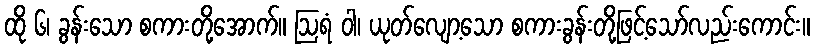
ထို ၆၊ ခွန်းသော စကားတို့အောက်။ ဩရံ ဝါ၊ ယုတ်လျော့သော စကားခွန်းတို့ဖြင့်သော်လည်းကောင်း။